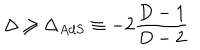
LaTeX: \Delta \geq \Delta _ { A d S } \equiv - 2 \frac { D - 1 } { D - 2 }